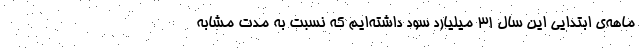
ماهه‌ی ابتدایی این سال ۳۱ میلیارد سود داشته‌ایم که نسبت به مدت مشابه